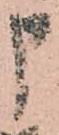
申